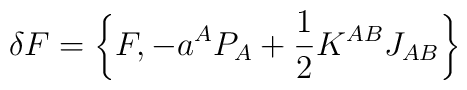
\delta F=\left\{ F,-a^AP_A+\frac 12K^{AB}J_{AB}\right\}